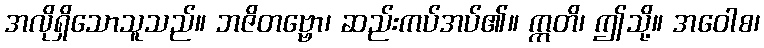
အလိုရှိသောသူသည်။ ဘဇိတဗ္ဗော၊ ဆည်းကပ်အပ်၏။ ဣတိ၊ ဤသို့။ အဝေါစ၊